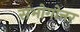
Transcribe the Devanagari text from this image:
संभोगोत्तर